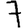
Digit: 7